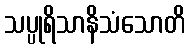
သပ္ပုရိသာနိသံသောတိ